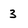
Character: 3